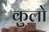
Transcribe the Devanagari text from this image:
कुलो